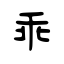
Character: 乖